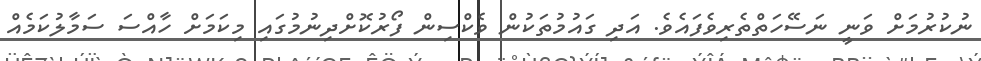
ނުކުރުމަށް ވަނީ ނަސޭހަތްތެރިވެފައެވެ. އަދި ގައުމުތަކުން ވެކްސިން ފޯރުކޮށްދިނުމުގައި މިކަމަށް ހާއްސަ ސަމާލުކަމެއް